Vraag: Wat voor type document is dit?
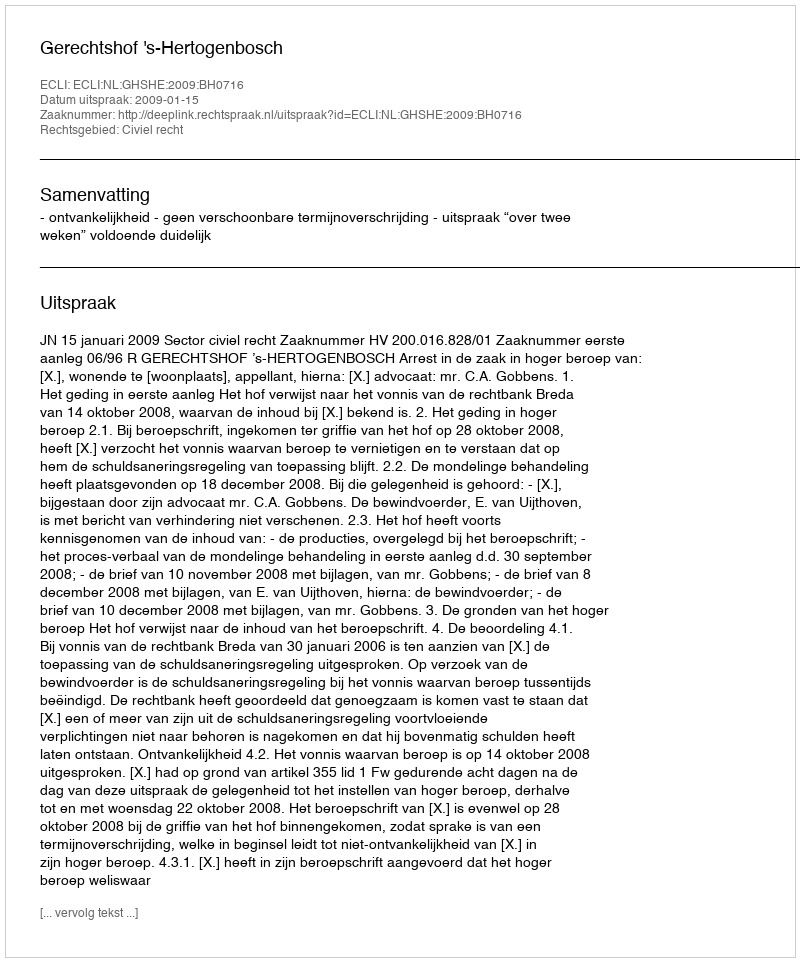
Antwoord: Uitspraak